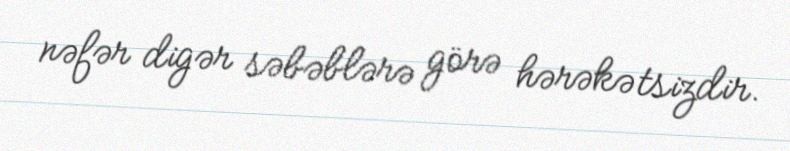
nəfər digər səbəblərə görə hərəkətsizdir.